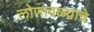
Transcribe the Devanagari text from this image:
लोणावळ्याचे